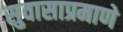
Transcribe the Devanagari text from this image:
सुवासाप्रमाणे